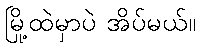
မြို့ထဲမှာပဲ အိပ်မယ်။